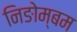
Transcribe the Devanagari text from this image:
निङोम्बम